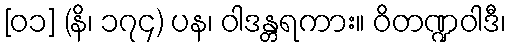
[၀၁] (နိ၊ ၁၇၄) ပန၊ ဝါဒန္တရကား။ ဝိတဏ္ဍဝါဒီ၊